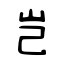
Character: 岂